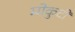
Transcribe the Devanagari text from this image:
मोकुटी